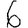
Digit: 6